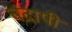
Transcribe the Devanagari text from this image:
चंद्रापी